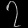
Digit: ၇